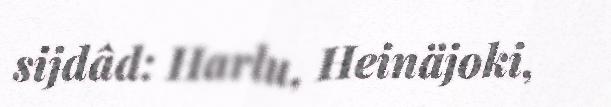
sijdâd: Harlu, Heinäjoki,